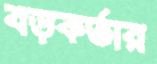
বড়কর্তার